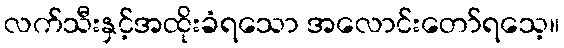
လက်သီးနှင့်အထိုးခံရသော အလောင်းတော်ရသေ့။